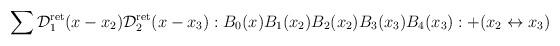
LaTeX: \begin{align*}\sum \mathcal{D}^{\mathrm{ret}}_1(x-x_2)\mathcal{D}^{\mathrm{ret}}_2(x-x_3):B_0(x)B_1(x_2)B_2(x_2)B_3(x_3)B_4(x_3):+(x_2\leftrightarrow x_3)\end{align*}